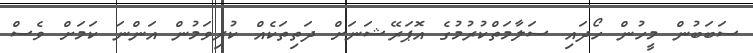
ސަބަބުން މީހުން ހޯދައި ސަލާމަތްކުރުމުގެ އޮޕަރޭޝަނަށް ދަތިތަކެއް ކުރިވަމުން އަންނަ ކަމަށް ވެސް